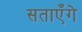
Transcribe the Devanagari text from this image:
सताएँगे